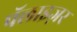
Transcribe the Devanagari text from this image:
पॅलाइज़र